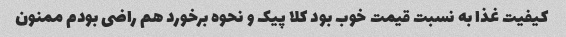
کیفیت غذا به نسبت قیمت خوب بود کلا پیک‌ و نحوه برخورد هم راضی بودم ممنون